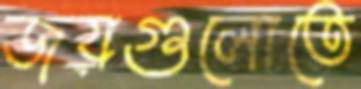
জয়গুলোতে